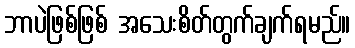
ဘာပဲဖြစ်ဖြစ် အသေးစိတ်တွက်ချက်ရမည်။